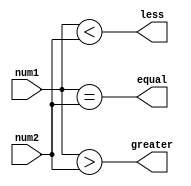
module comparator_2bit(input [1:0] num1, num2,
                        output equal, greater, less);

    assign equal = (num1 == num2);
    assign greater = (num1 > num2);
    assign less = (num1 < num2);

endmodule